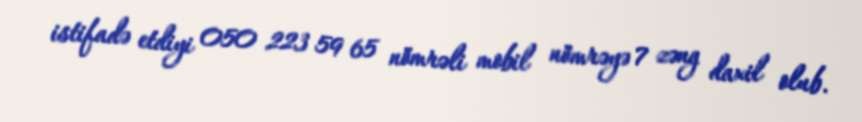
istifadə etdiyi 050 223 59 65 nömrəli mobil nömrəyə 7 zəng daxil olub.